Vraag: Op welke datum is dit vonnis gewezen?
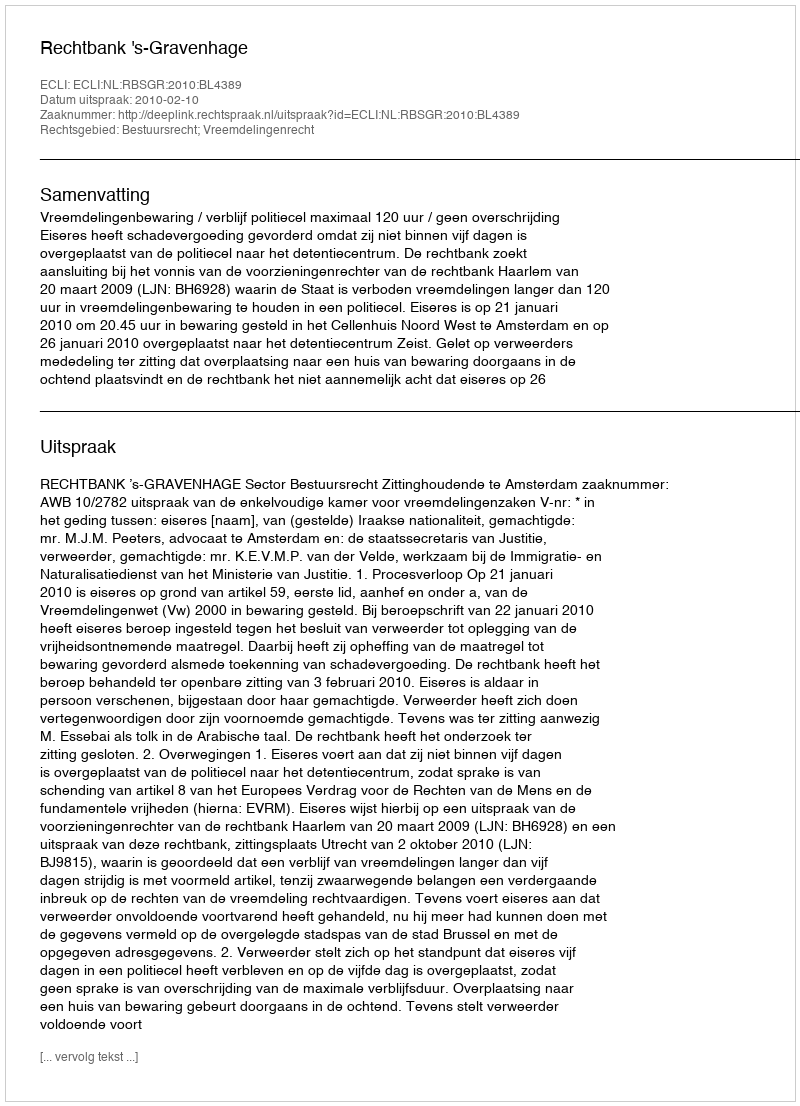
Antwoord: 2010-02-10